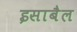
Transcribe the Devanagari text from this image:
इसाबैल